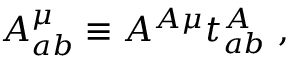
{ \cal A } _ { a b } ^ { \mu } \equiv A ^ { A \mu } t _ { a b } ^ { A } \ ,